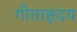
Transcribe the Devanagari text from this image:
गीताहृदय